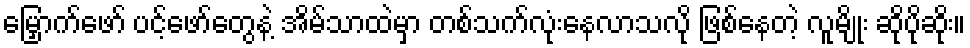
မြှောက်ဖော် ပင့်ဖော်တွေနဲ့ အိမ်သာထဲမှာ တစ်သက်လုံးနေလာသလို ဖြစ်နေတဲ့ လူမျိုး ဆိုပိုဆိုး။